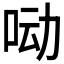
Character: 𰇖